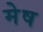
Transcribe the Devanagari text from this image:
मेेष